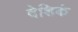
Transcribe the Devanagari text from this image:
देशिकं